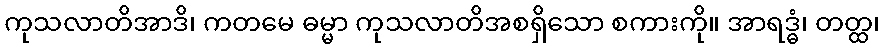
ကုသလာတိအာဒိ၊ ကတမေ ဓမ္မာ ကုသလာတိအစရှိသော စကားကို။ အာရဒ္ဓံ၊ တတ္ထ၊